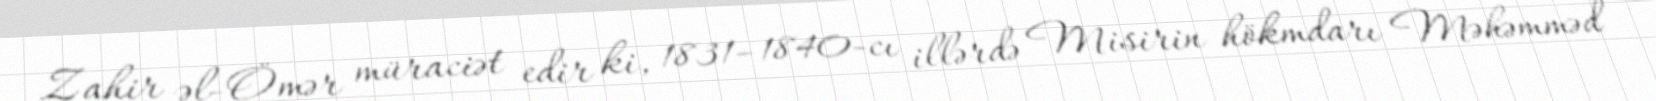
Zahir əl-Ömər müraciət edir ki, 1831–1840-cı illərdə Misirin hökmdarı Məhəmməd